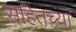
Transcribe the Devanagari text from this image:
सहितच्या